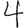
Digit: 4